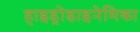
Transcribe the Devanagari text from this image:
हाइड्रोडाइनेमिका